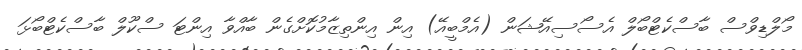
މޯލްޑިވްސް ބާސްކެޓްބޯލް އެސޯސިއޭޝަން (އެމްބީއޭ) އިން އިންތިޒާމުކޮށްގެން ބާއްވާ އިންޓަ ސްކޫލް ބާސްކެޓްބޯޅަ